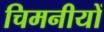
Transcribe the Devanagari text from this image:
चिमनीयों